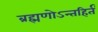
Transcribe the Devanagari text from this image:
ब्रह्मणोऽन्तहिर्तं